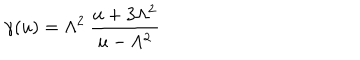
LaTeX: \gamma ( u ) = \Lambda ^ { 2 } \: \frac { u + 3 \Lambda ^ { 2 } } { u - \Lambda ^ { 2 } }